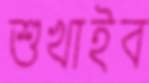
শুখাইব